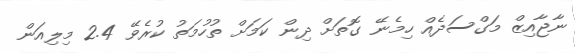
ނާޖާއިޒް މަގްސަދެއް ހިމެނޭ ގޮތަށް ދިން ކަމަށް ތުހުމަތު ކުރެވޭ 2.4 މިލިއަން